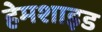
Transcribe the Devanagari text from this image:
हेमशाइड